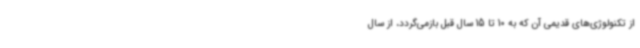
از تکنولوژی‌های قدیمی آن که به 10 تا 15 سال قبل بازمی‌گردد، از سال